Insane asylums Bombay 1873-77 - 1873-1877
Year: 1873
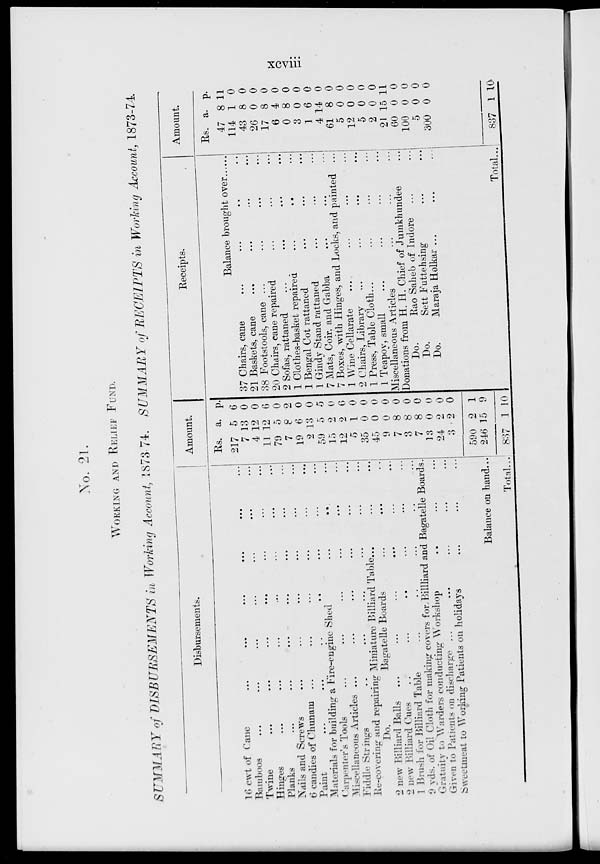
xcviii
No. 21.
WORKING AND RELIEF FUND.
SUMMARY of DISBURSEMENTS
in Working Account, 1873-74. SUMMARY of RECEIPTS in Working Account, 1873-74
Disbursements.
16 cwt of Cane ... ... ... ... ... ...
Bamboos ... ... ... ... ... ... ...
Twine ... ... ... ... ... ... ...
Hinges
...
...
...
...
...
...
...
Planks ... ... ... ... ... ... ...
Nails and Screws ... ... ... ... ... ... ...
6 candies of Chunam ... ... ... ... ... ... ...
Paint ... ... ... ... ... ... ...
Materials for building a Fire-engine Shed ... ... ...
Carpenter's Tools ... ... ... ... ... ...
Miscellaneous Articles ... ... ... ... ... ...
Fiddle Strings ... ... ... ... ... ...
Re-covering and repairing Miniature Billiard Table ... ... ...
Do.
Bagatelle Boards ... ... ...
2 new Billiard Balls ... ... ... ... ... ...
2 new Billiard Cues ... ... ... ... ... ...
1 Brush for Billiard Table ... ... ... ... ...
9 yds. of Oil Cloth for making covers for Billliard and Bagatelle Boards.
Gratuity to Warders conducting Workshop ... ... ...
Given to Patients on discharge ... ... ... ... ...
Sweetmeat to Working Patients on holidays ... ... ...
Balance on hand...
Total ...
Amount.
Rs.
217
7
4
11
79
7
19
2
59
15
12
5
35
45
9
7
3
7
13
24
3
590
246
837
a.
5
13
12
12
5
8
6
13
0
2
2
1
0
0
0
8
8
8
0
2
2
2
15
1
p.
6
0
0
6
0
2
0
0
5
0
6
0
0
0
0
0
0
0
0
0
0
1
9
10
Receipts.
Balance brought over
37 Chairs, cane ... ... ... ...
21 Baskets, cane ... ... ... ...
38 Footstools, cane ... ... ... ...
20 Chairs, cane repaired ... ... ...
2 Sofas, rattaned ... ... ... ...
1 Clothes-basket repaired ... ... ...
1 Bengal Cot rattaned ... ... ...
1 Gindy Stand rattaned ... ... ...
7 Mats, Coir, and Gabba ... ... ...
7 Boxes, with Hinges, and Locks, and painted ...
1 Wine Cellarate
...
...
...
...
2 Chairs, Library ... ... ... ...
1 Press, Table Cloth ... ... ... ...
1 Teapoy, small ... ... ... ...
Miscellaneous Articles ... ... ...
Donations from H. H. Chief of Jumkhundee ...
Do.
Rao Saheb of Indore ... ... ...
Do.
Sett Futtehsing ... ... ...
Do.
Maraja Holkar ... ... ...
Total ...
Amount.
Rs.
47
114
43
26
17
6
0
3
1
4
61
5
12
5
2
21
60
100
5
300
837
a.
8
1
8
0
8
4
8
0
6
14
8
0
0
0
0
15
0
0
0
0
1
p.
11
0
0
0
0
0
0
0
0
0
0
0
0
0
0
11
0
0
0
0
10